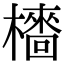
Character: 𣞋